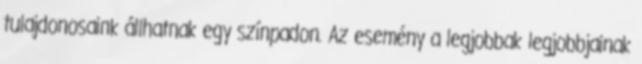
tulajdonosaink állhatnak egy színpadon. Az esemény a legjobbak legjobbjainak